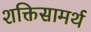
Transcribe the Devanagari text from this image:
शक्तिसामर्थ